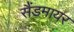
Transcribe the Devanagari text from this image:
सैंडमायर